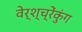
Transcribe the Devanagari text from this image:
वेर्श्च्रेंकुंग